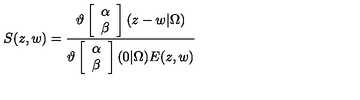
S ( z , w ) = \frac { \vartheta \left[ \begin{array} { c } { \alpha } \\ { \beta } \\ \end{array} \right] ( z - w | \Omega ) } { \vartheta \left[ \begin{array} { c } { \alpha } \\ { \beta } \\ \end{array} \right] ( 0 | \Omega ) E ( z , w ) }